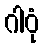
ဂါဝုံ